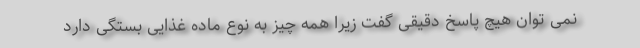
نمی توان هیچ پاسخ دقیقی گفت زیرا همه چیز به نوع ماده غذایی بستگی دارد